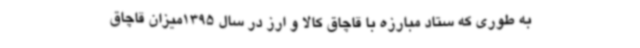
به طوری که ستاد مبارزه با قاچاق کالا و ارز در سال 1395میزان قاچاق